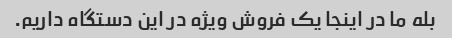
بله ما در اینجا یک فروش ویژه در این دستگاه داریم.